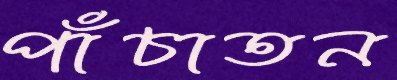
পাঁচাতন